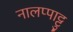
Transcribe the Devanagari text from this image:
नालप्पाट्टु